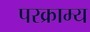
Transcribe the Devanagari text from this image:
परक्राम्‍य